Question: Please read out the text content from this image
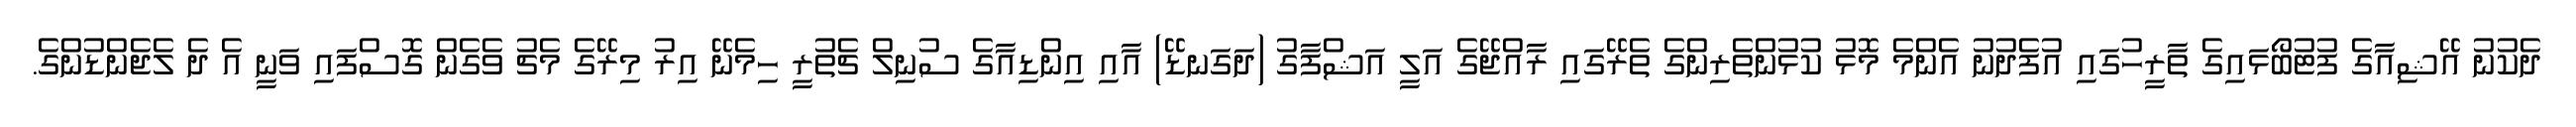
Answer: ދެކުނު އޭޝިއާގެ ފުޓުބޯޅައިގެ ތާރީހުގައި އުފެދުނު އެންމެ މޮޅު ކުޅުންތެރިންގެ ތެރޭގައި ރާއްޖޭގެ އަލީ އަޝްފާގު (ދަގަނޑޭ) އާއި އިންޑިއާގެ ސުނިލް ޗެތުރީ ހިމެނޭ އިރު މިރޭގެ މެޗު ވެގެން ގޮސްފައި ވަނީ އެ ދެ ލެޖެންޑުންގެ.